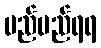
မည်မည်ရရ